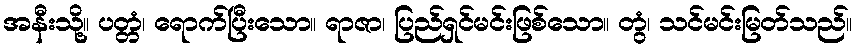
အနီးသို့။ ပတ္တံ၊ ရောက်ပြီးသော။ ရာဇာ၊ ပြည်ရှင်မင်းဖြစ်သော။ တွံ၊ သင်မင်းမြတ်သည်။